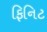
ફિનિટ